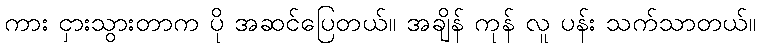
ကား ငှားသွားတာက ပို အဆင်ပြေတယ်။ အချိန် ကုန် လူ ပန်း သက်သာတယ်။